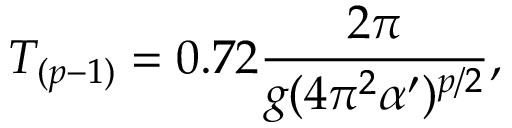
T _ { ( p - 1 ) } = 0 . 7 2 \frac { 2 \pi } { g ( 4 \pi ^ { 2 } \alpha ^ { \prime } ) ^ { p / 2 } } ,